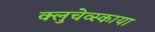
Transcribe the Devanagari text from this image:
क्लुचेव्स्काया